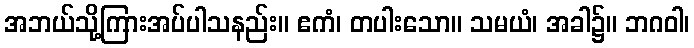
အဘယ်သို့ကြားအပ်ပါသနည်း။ ဧကံ၊ တပါးသော။ သမယံ၊ အခါ၌။ ဘဂဝါ၊